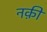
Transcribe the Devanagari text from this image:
नक़ी